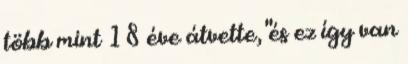
több mint 18 éve átvette, "és ez így van